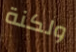
ولكنة